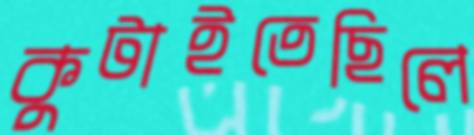
কুটাইতেছিলে